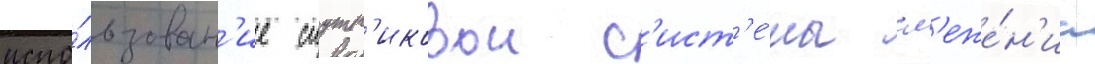
испо́льзован'ие спутн'иковои с'ист'е́мы сл'еже́н'иа